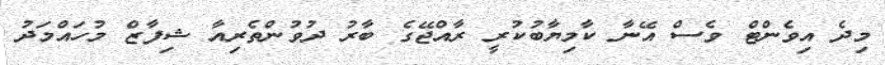
މިދެ އިވެންޓް ވެސް އޭނާ ކާމިޔާބުކުރީ ރާއްޖޭގެ ބާރު ދުވުންތެރިއާ ޝިފާޒް މުހައްމަދު